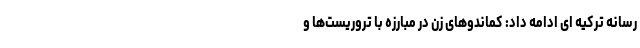
رسانه ترکیه ای ادامه داد: کماندو‌های زن در مبارزه با تروریست‌ها و